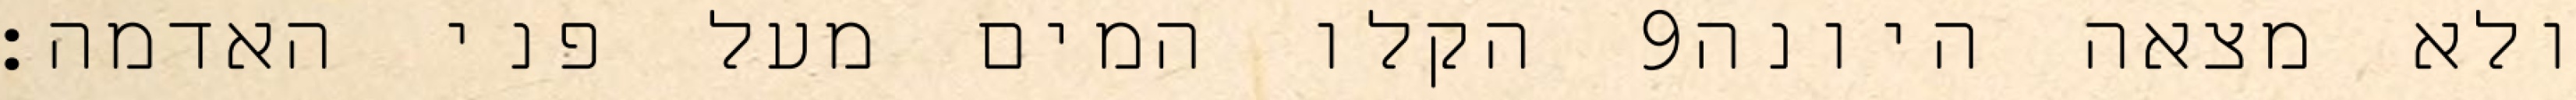
הקלו המים מעל פני האדמה׃ ‎9‏ ולא מצאה היונה